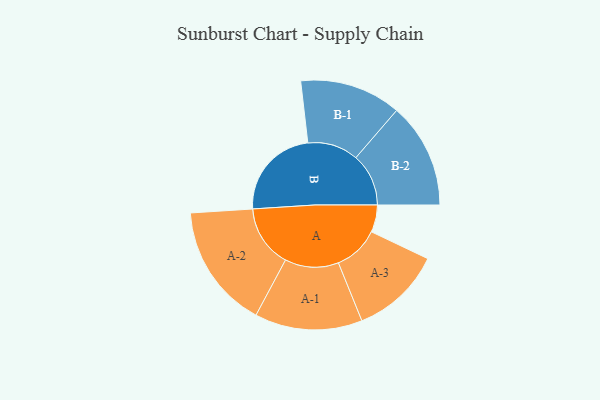
{"axis": {"x": "Segment", "y": "Value"}, "legend": ["", "A", "B"], "data": [{"x": "A", "y": 125, "type": ""}, {"x": "B", "y": 428, "type": ""}, {"x": "A-1", "y": 247, "type": "A"}, {"x": "A-2", "y": 286, "type": "A"}, {"x": "A-3", "y": 209, "type": "A"}, {"x": "B-1", "y": 233, "type": "B"}, {"x": "B-2", "y": 242, "type": "B"}]}